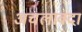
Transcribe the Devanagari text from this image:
अचलावदा